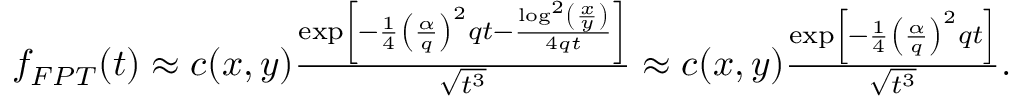
\begin{array} { r } { f _ { F P T } ( t ) \approx c ( x , y ) \frac { \exp \left[ - \frac { 1 } { 4 } \left( \frac { \alpha } { q } \right) ^ { 2 } q t - \frac { \log ^ { 2 } \left( \frac { x } { y } \right) } { 4 q t } \right] } { \sqrt { t ^ { 3 } } } \approx c ( x , y ) \frac { \exp \left[ - \frac { 1 } { 4 } \left( \frac { \alpha } { q } \right) ^ { 2 } q t \right] } { \sqrt { t ^ { 3 } } } . } \end{array}